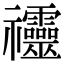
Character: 䄥